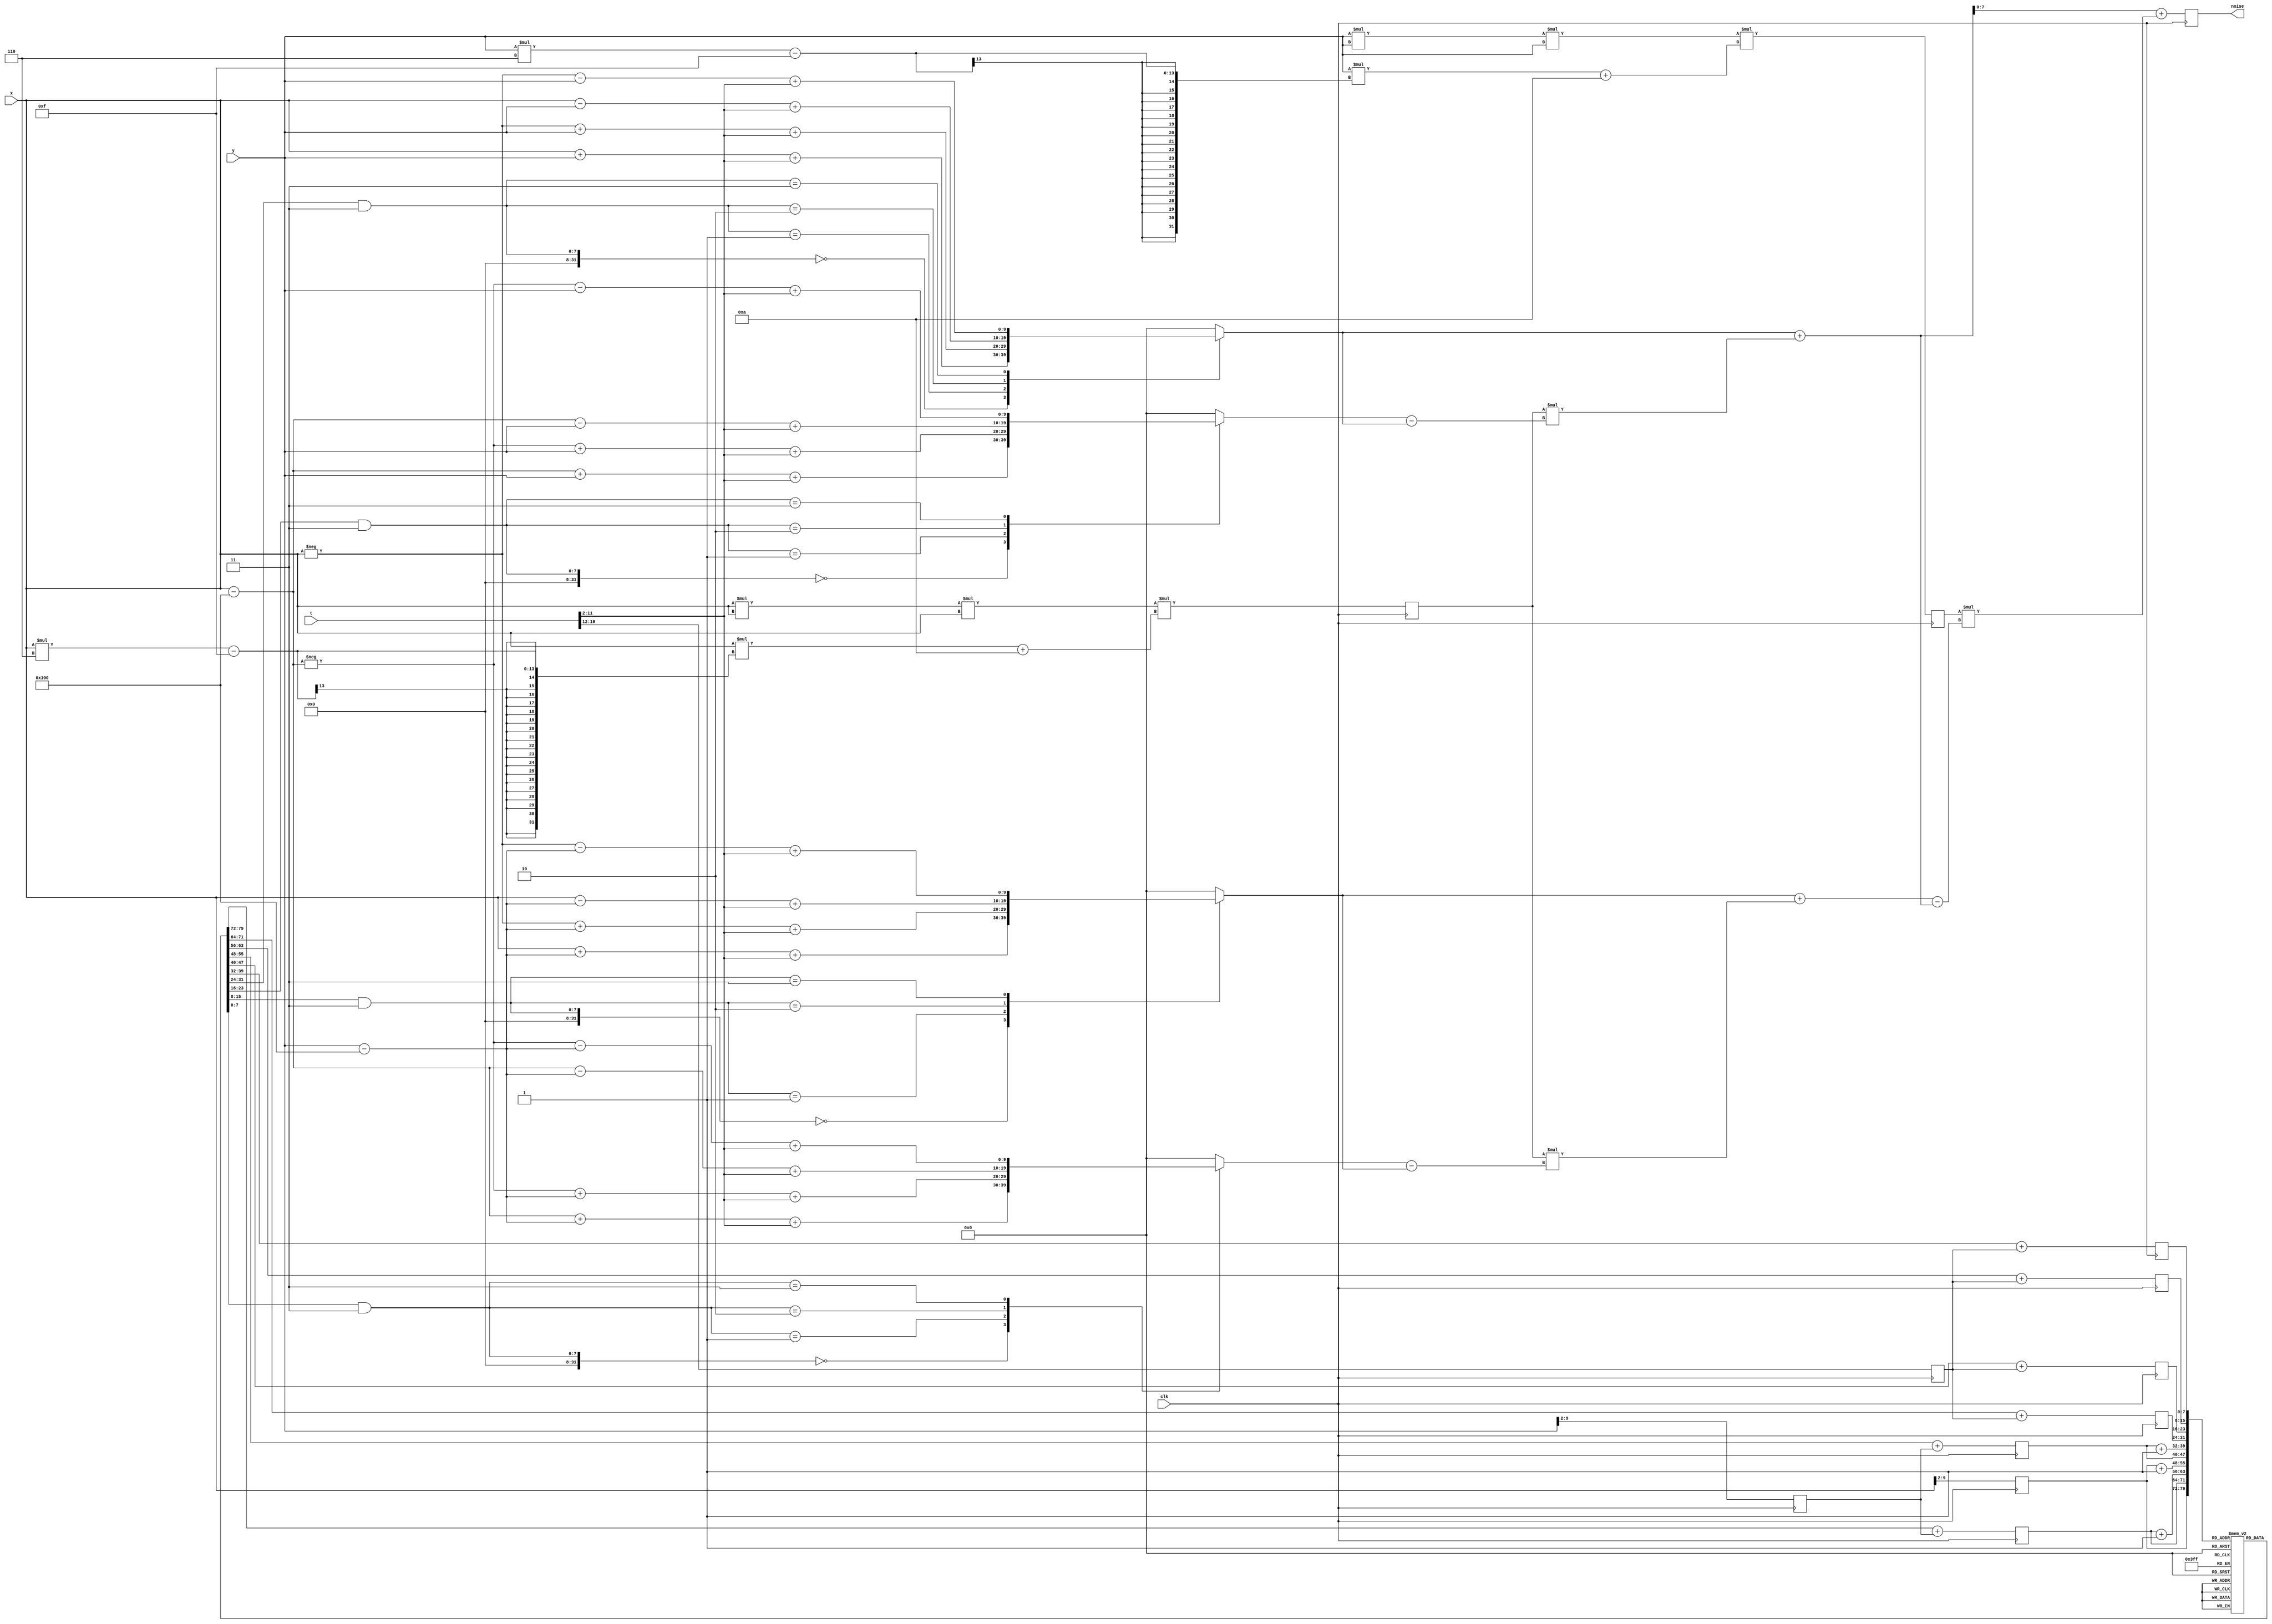
// SPDX-License-Identifier: Apache-2.0

`default_nettype none

// Created with Tiny Tapeout AI Assist GPT help: 
// https://chatgpt.com/g/g-NDGYkKtDy-tiny-tapeout-ai-assist

/* verilator lint_off WIDTH */

module perlin_noise_generator (
    input wire clk,
    input wire [9:0] x,
    input wire [9:0] y,
    input wire [19:0] t,
    output reg [7:0] noise
);

  // Permutation table
  reg [7:0] perm[0:255];
  initial begin
    perm[0]   = 151;
    perm[1]   = 160;
    perm[2]   = 137;
    perm[3]   = 91;
    perm[4]   = 90;
    perm[5]   = 15;
    perm[6]   = 131;
    perm[7]   = 13;
    perm[8]   = 201;
    perm[9]   = 95;
    perm[10]  = 96;
    perm[11]  = 53;
    perm[12]  = 194;
    perm[13]  = 233;
    perm[14]  = 7;
    perm[15]  = 225;
    perm[16]  = 140;
    perm[17]  = 36;
    perm[18]  = 103;
    perm[19]  = 30;
    perm[20]  = 69;
    perm[21]  = 142;
    perm[22]  = 8;
    perm[23]  = 99;
    perm[24]  = 37;
    perm[25]  = 240;
    perm[26]  = 21;
    perm[27]  = 10;
    perm[28]  = 23;
    perm[29]  = 190;
    perm[30]  = 6;
    perm[31]  = 148;
    perm[32]  = 247;
    perm[33]  = 120;
    perm[34]  = 234;
    perm[35]  = 75;
    perm[36]  = 0;
    perm[37]  = 26;
    perm[38]  = 197;
    perm[39]  = 62;
    perm[40]  = 94;
    perm[41]  = 252;
    perm[42]  = 219;
    perm[43]  = 203;
    perm[44]  = 117;
    perm[45]  = 35;
    perm[46]  = 11;
    perm[47]  = 32;
    perm[48]  = 57;
    perm[49]  = 177;
    perm[50]  = 33;
    perm[51]  = 88;
    perm[52]  = 237;
    perm[53]  = 149;
    perm[54]  = 56;
    perm[55]  = 87;
    perm[56]  = 174;
    perm[57]  = 20;
    perm[58]  = 125;
    perm[59]  = 136;
    perm[60]  = 171;
    perm[61]  = 168;
    perm[62]  = 68;
    perm[63]  = 175;
    perm[64]  = 74;
    perm[65]  = 165;
    perm[66]  = 71;
    perm[67]  = 134;
    perm[68]  = 139;
    perm[69]  = 48;
    perm[70]  = 27;
    perm[71]  = 166;
    perm[72]  = 77;
    perm[73]  = 146;
    perm[74]  = 158;
    perm[75]  = 231;
    perm[76]  = 83;
    perm[77]  = 111;
    perm[78]  = 229;
    perm[79]  = 122;
    perm[80]  = 60;
    perm[81]  = 211;
    perm[82]  = 133;
    perm[83]  = 230;
    perm[84]  = 220;
    perm[85]  = 105;
    perm[86]  = 92;
    perm[87]  = 41;
    perm[88]  = 55;
    perm[89]  = 46;
    perm[90]  = 245;
    perm[91]  = 40;
    perm[92]  = 244;
    perm[93]  = 102;
    perm[94]  = 143;
    perm[95]  = 54;
    perm[96]  = 65;
    perm[97]  = 25;
    perm[98]  = 63;
    perm[99]  = 161;
    perm[100] = 1;
    perm[101] = 216;
    perm[102] = 80;
    perm[103] = 73;
    perm[104] = 209;
    perm[105] = 76;
    perm[106] = 132;
    perm[107] = 187;
    perm[108] = 208;
    perm[109] = 89;
    perm[110] = 18;
    perm[111] = 169;
    perm[112] = 200;
    perm[113] = 196;
    perm[114] = 135;
    perm[115] = 130;
    perm[116] = 116;
    perm[117] = 188;
    perm[118] = 159;
    perm[119] = 86;
    perm[120] = 164;
    perm[121] = 100;
    perm[122] = 109;
    perm[123] = 198;
    perm[124] = 173;
    perm[125] = 186;
    perm[126] = 3;
    perm[127] = 64;
    perm[128] = 52;
    perm[129] = 217;
    perm[130] = 226;
    perm[131] = 250;
    perm[132] = 124;
    perm[133] = 123;
    perm[134] = 5;
    perm[135] = 202;
    perm[136] = 38;
    perm[137] = 147;
    perm[138] = 118;
    perm[139] = 126;
    perm[140] = 255;
    perm[141] = 82;
    perm[142] = 85;
    perm[143] = 212;
    perm[144] = 207;
    perm[145] = 206;
    perm[146] = 59;
    perm[147] = 227;
    perm[148] = 47;
    perm[149] = 16;
    perm[150] = 58;
    perm[151] = 17;
    perm[152] = 182;
    perm[153] = 189;
    perm[154] = 28;
    perm[155] = 42;
    perm[156] = 223;
    perm[157] = 183;
    perm[158] = 170;
    perm[159] = 213;
    perm[160] = 119;
    perm[161] = 248;
    perm[162] = 152;
    perm[163] = 2;
    perm[164] = 44;
    perm[165] = 154;
    perm[166] = 163;
    perm[167] = 70;
    perm[168] = 221;
    perm[169] = 153;
    perm[170] = 101;
    perm[171] = 155;
    perm[172] = 167;
    perm[173] = 43;
    perm[174] = 172;
    perm[175] = 9;
    perm[176] = 129;
    perm[177] = 22;
    perm[178] = 39;
    perm[179] = 253;
    perm[180] = 19;
    perm[181] = 98;
    perm[182] = 108;
    perm[183] = 110;
    perm[184] = 79;
    perm[185] = 113;
    perm[186] = 224;
    perm[187] = 232;
    perm[188] = 178;
    perm[189] = 185;
    perm[190] = 112;
    perm[191] = 104;
    perm[192] = 218;
    perm[193] = 246;
    perm[194] = 97;
    perm[195] = 228;
    perm[196] = 251;
    perm[197] = 34;
    perm[198] = 242;
    perm[199] = 193;
    perm[200] = 238;
    perm[201] = 210;
    perm[202] = 144;
    perm[203] = 12;
    perm[204] = 191;
    perm[205] = 179;
    perm[206] = 162;
    perm[207] = 241;
    perm[208] = 81;
    perm[209] = 51;
    perm[210] = 145;
    perm[211] = 235;
    perm[212] = 249;
    perm[213] = 14;
    perm[214] = 239;
    perm[215] = 107;
    perm[216] = 49;
    perm[217] = 192;
    perm[218] = 214;
    perm[219] = 31;
    perm[220] = 181;
    perm[221] = 199;
    perm[222] = 106;
    perm[223] = 157;
    perm[224] = 184;
    perm[225] = 84;
    perm[226] = 204;
    perm[227] = 176;
    perm[228] = 115;
    perm[229] = 121;
    perm[230] = 50;
    perm[231] = 45;
    perm[232] = 127;
    perm[233] = 4;
    perm[234] = 150;
    perm[235] = 254;
    perm[236] = 138;
    perm[237] = 236;
    perm[238] = 205;
    perm[239] = 93;
    perm[240] = 222;
    perm[241] = 114;
    perm[242] = 67;
    perm[243] = 29;
    perm[244] = 24;
    perm[245] = 72;
    perm[246] = 243;
    perm[247] = 141;
    perm[248] = 128;
    perm[249] = 195;
    perm[250] = 78;
    perm[251] = 66;
    perm[252] = 215;
    perm[253] = 61;
    perm[254] = 156;
    perm[255] = 180;
  end

  // Fade function for smoothing
  function [9:0] fade(input [9:0] t);
    fade = t * t * t * (t * (t * 6 - 15) + 10);
  endfunction

  // Linear interpolation function
  function [9:0] lerp(input [9:0] t, input [9:0] a, input [9:0] b);
    lerp = a + t * (b - a);
  endfunction

  // Gradient function
  function [9:0] grad(input [7:0] hash, input [9:0] x, input [9:0] y, input [9:0] t);
    case (hash & 3)
      0: grad = x + y + t;
      1: grad = -x + y + t;
      2: grad = x - y + t;
      3: grad = -x - y + t;
      default: grad = 0;
    endcase
  endfunction

  reg [9:0] u, v, a, aa, ab, b, ba, bb;
  reg [7:0] xi, yi, zi;

  always @(posedge clk) begin
    xi <= x[9:2];
    yi <= y[9:2];
    zi <= t[19:12];

    u <= fade(x);
    v <= fade(y);

    a <= perm[xi] + yi;
    aa <= perm[a] + zi;
    ab <= perm[a+1] + zi;
    b <= perm[xi+1] + yi;
    ba <= perm[b] + zi;
    bb <= perm[b+1] + zi;

    noise <= lerp(
        v,
        lerp(
            u, grad(perm[aa], x, y, t[11:2]), grad(perm[ba], x - 256, y, t[11:2])
        ),
        lerp(
            u, grad(perm[ab], x, y - 256, t[11:2]), grad(perm[bb], x - 256, y - 256, t[11:2])
        )
    );
  end

endmodule